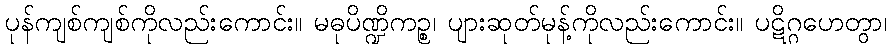
ပုန်ကျစ်ကျစ်ကိုလည်းကောင်း။ မဓုပိဏ္ဍိကဉ္စ၊ ပျားဆုတ်မုန့်ကိုလည်းကောင်း။ ပဋိဂ္ဂဟေတွာ၊